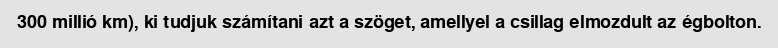
300 millió km), ki tudjuk számítani azt a szöget, amellyel a csillag elmozdult az égbolton.